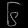
Digit: ၆